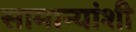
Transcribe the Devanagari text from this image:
सामान्यांशी